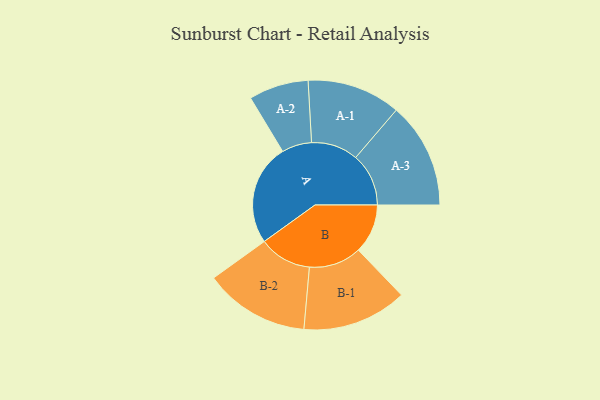
{"axis": {"x": "Segment", "y": "Value"}, "legend": ["", "A", "B"], "data": [{"x": "A", "y": 400, "type": ""}, {"x": "B", "y": 195, "type": ""}, {"x": "A-1", "y": 185, "type": "A"}, {"x": "A-2", "y": 118, "type": "A"}, {"x": "A-3", "y": 209, "type": "A"}, {"x": "B-1", "y": 207, "type": "B"}, {"x": "B-2", "y": 208, "type": "B"}]}